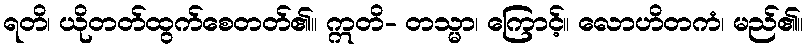
ရတိ၊ ယိုတတ်ထွက်စေတတ်၏။ ဣတိ- တသ္မာ၊ ကြောင့်။ လောဟိတကံ၊ မည်၏။